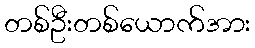
တစ်ဦးတစ်ယောက်အား